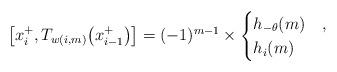
LaTeX: \begin{gather*}\big[x_{i}^+, T_{w(i,m)}\big(x_{i-1}^+\big)\big] = (-1)^{m-1} \times \begin{cases}h_{-\theta}(m) & ,\\h_i(m) & \end{cases}\end{gather*}